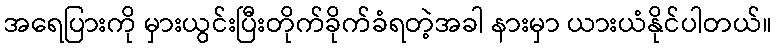
အရေပြားကို မှားယွင်းပြီးတိုက်ခိုက်ခံရတဲ့အခါ နားမှာ ယားယံနိုင်ပါတယ်။